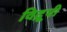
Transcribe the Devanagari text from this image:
विद्रूपी